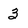
Character: 3